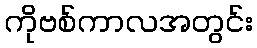
ကိုဗစ်ကာလအတွင်း